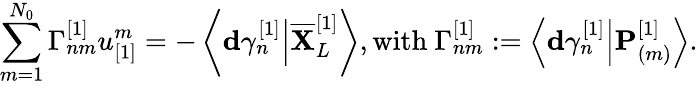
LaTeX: \sum_{m=1}^{N_{0}}\Gamma_{nm}^{[1]}u_{[1]}^{m}=-\left\langle\mathbf{d}\gamma_{n}^{[1]}\Big\vert\overline{{\mathbf{X}}}_{L}^{[1]}\right\rangle,\mathrm{with~}\Gamma_{nm}^{[1]}:=\left\langle\mathbf{d}\gamma_{n}^{[1]}\Big\vert\mathbf{P}_{(m)}^{[1]}\right\rangle.